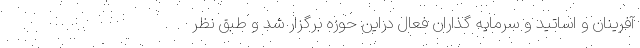
آفرینان و اساتید و سرمایه گذاران فعال دراین حوزه برگزار شد و طبق نظر